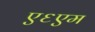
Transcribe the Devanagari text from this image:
ए६एम